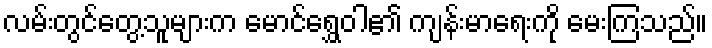
လမ်းတွင်တွေ့သူများက မောင်ရွှေဝါ၏ ကျန်းမာရေးကို မေးကြသည်။